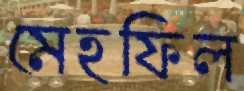
মেহফিল